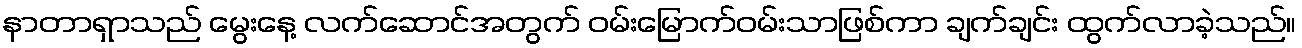
နာတာရှာသည် မွေးနေ့ လက်ဆောင်အတွက် ဝမ်းမြောက်ဝမ်းသာဖြစ်ကာ ချက်ချင်း ထွက်လာခဲ့သည်။